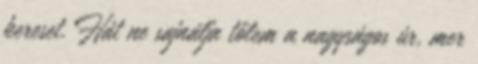
kereset. Hát ne sajnálja tőlem a nagyságos úr, mer